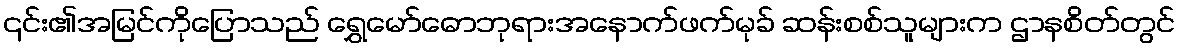
၎င်း၏အမြင်ကိုပြောသည် ရွှေမော်ဓောဘုရားအနောက်ဖက်မုခ် ဆန်းစစ်သူများက ဌာနစိတ်တွင်